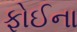
ફોઈના